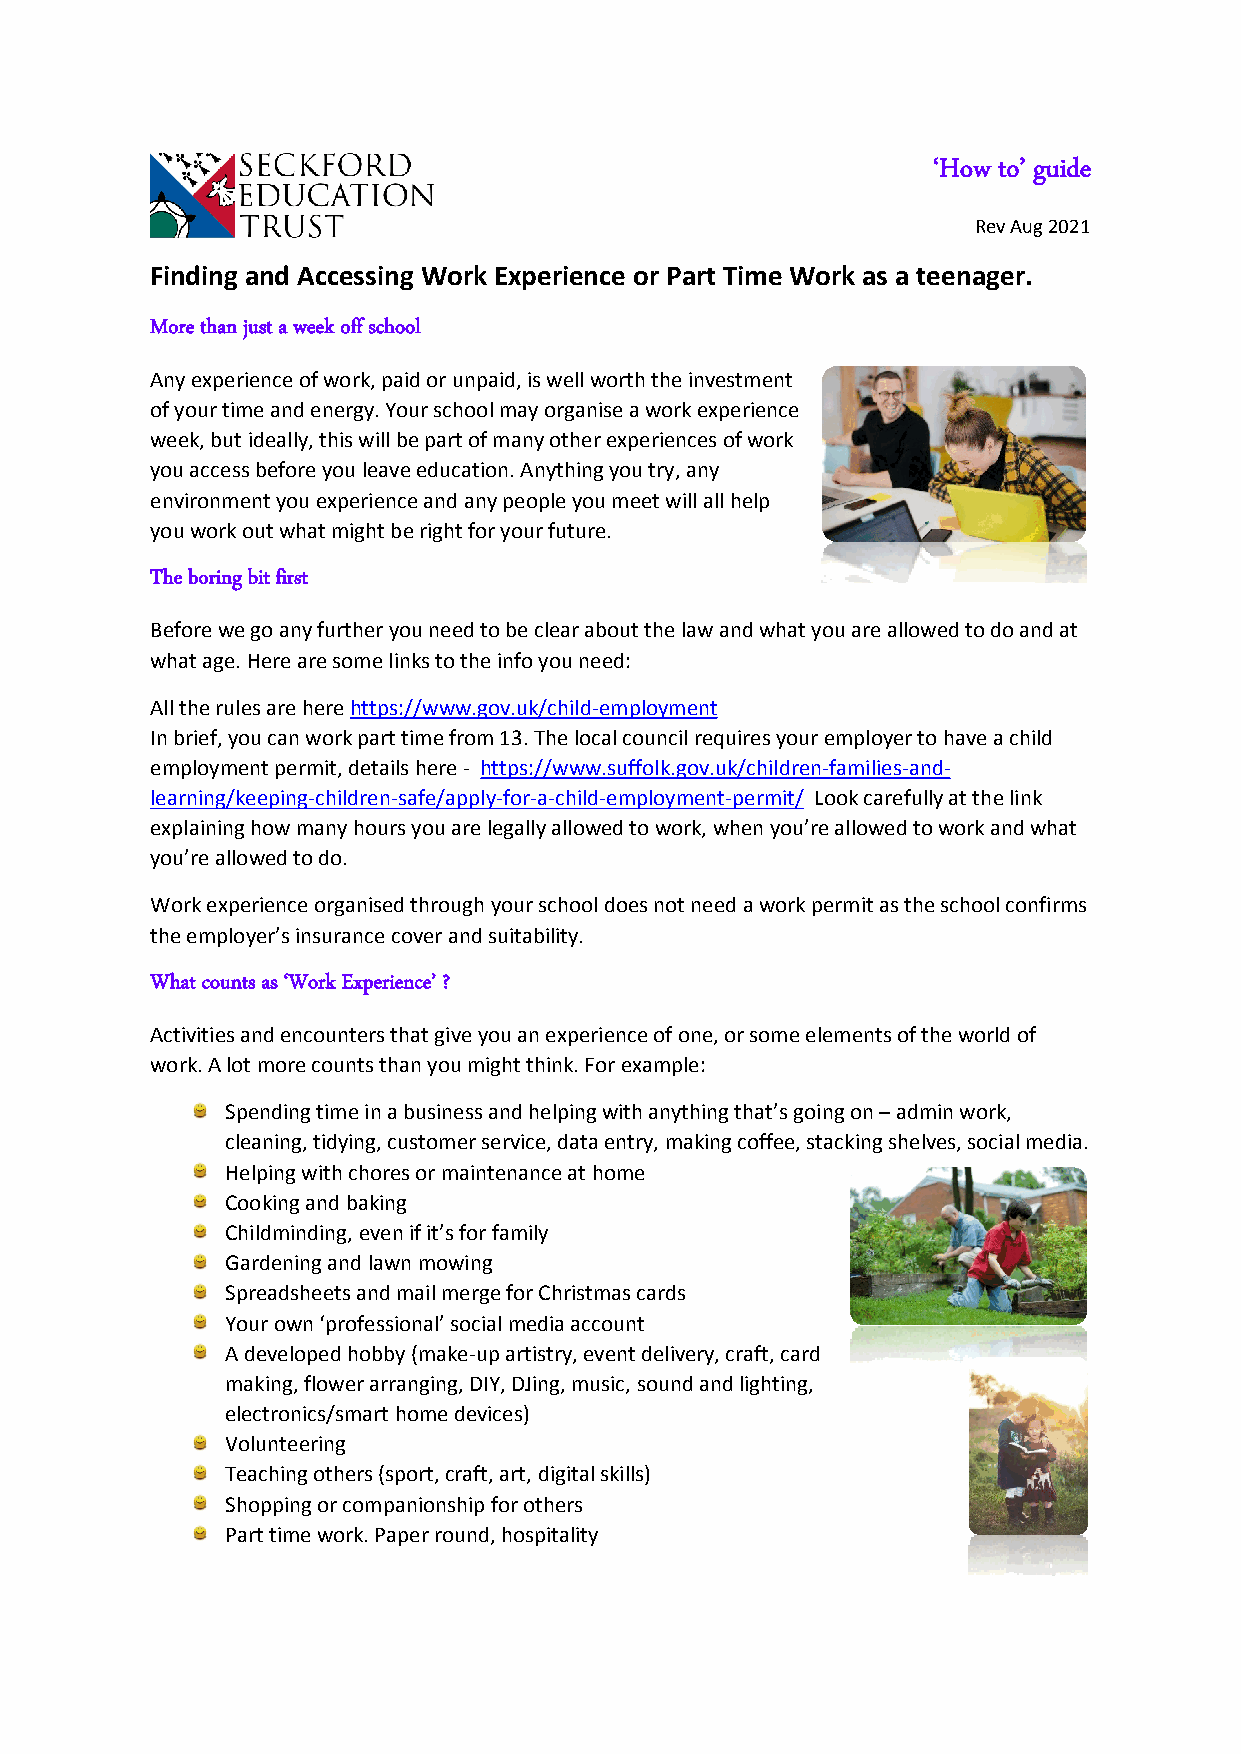
‘How to’ guide
 Rev Aug 2021
 Finding and Accessing Work Experience or Part Time Work as a teenager.
 More than just a week off school
 Any experience of work, paid or unpaid, is well worth the investment
 of your time and energy. Your school may organise a work experience
 week, but ideally, this will be part of many other experiences of work
 you access before you leave education. Anything you try, any
 environment you experience and any people you meet will all help
 you work out what might be right for your future.
 The boring bit first
 Before we go any further you need to be clear about the law and what you are allowed to do and at
 what age. Here are some links to the info you need:
 All the rules are here https://www.gov.uk/child-employment
 In brief, you can work part time from 13. The local council requires your employer to have a child
 employment permit, details here - https://www.suffolk.gov.uk/children-families-and-
 learning/keeping-children-safe/apply-for-a-child-employment-permit/ Look carefully at the link
 explaining how many hours you are legally allowed to work, when you’re allowed to work and what
 you’re allowed to do.
 Work experience organised through your school does not need a work permit as the school confirms
 the employer’s insurance cover and suitability.
 What counts as ‘Work Experience’ ?
 Activities and encounters that give you an experience of one, or some elements of the world of
 work. A lot more counts than you might think. For example:
 Spending time in a business and helping with anything that’s going on – admin work,
 cleaning, tidying, customer service, data entry, making coffee, stacking shelves, social media.
 Helping with chores or maintenance at home
 Cooking and baking
 Childminding, even if it’s for family
 Gardening and lawn mowing
 Spreadsheets and mail merge for Christmas cards
 Your own ‘professional’ social media account
 A developed hobby (make-up artistry, event delivery, craft, card
 making, flower arranging, DIY, DJing, music, sound and lighting,
 electronics/smart home devices)
 Volunteering
 Teaching others (sport, craft, art, digital skills)
 Shopping or companionship for others
 Part time work. Paper round, hospitality